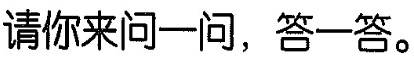
请你来问一问，答一答。